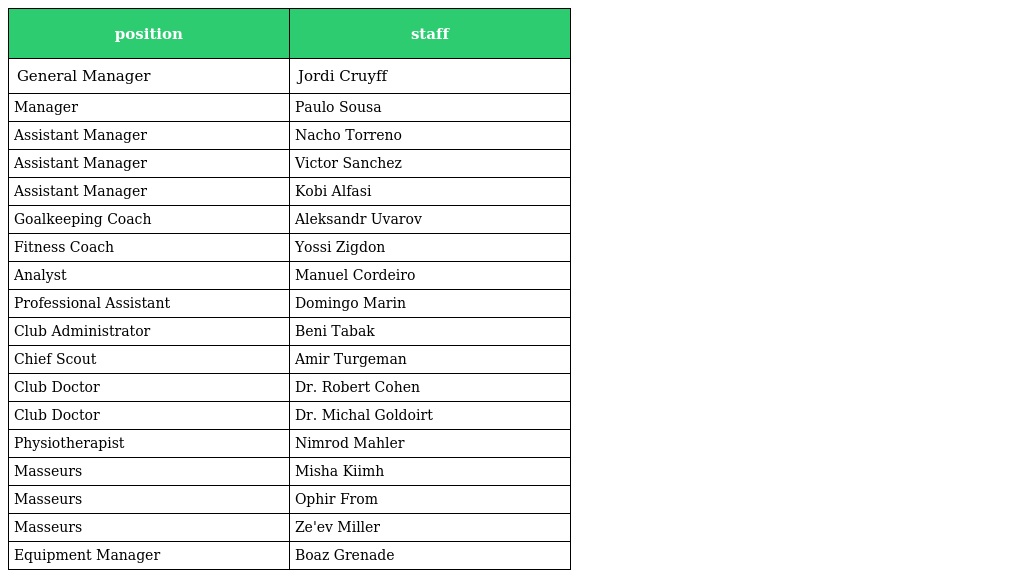
| position | staff |
 | --- | --- |
 | General Manager | Jordi Cruyff |
 | Manager | Paulo Sousa |
 | Assistant Manager | Nacho Torreno |
 | Assistant Manager | Victor Sanchez |
 | Assistant Manager | Kobi Alfasi |
 | Goalkeeping Coach | Aleksandr Uvarov |
 | Fitness Coach | Yossi Zigdon |
 | Analyst | Manuel Cordeiro |
 | Professional Assistant | Domingo Marin |
 | Club Administrator | Beni Tabak |
 | Chief Scout | Amir Turgeman |
 | Club Doctor | Dr. Robert Cohen |
 | Club Doctor | Dr. Michal Goldoirt |
 | Physiotherapist | Nimrod Mahler |
 | Masseurs | Misha Kiimh |
 | Masseurs | Ophir From |
 | Masseurs | Ze'ev Miller |
 | Equipment Manager | Boaz Grenade |